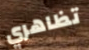
تظاهري